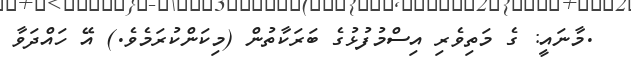
.މާނައީ: ގެ މަތިވެރި އިސްމުފުޅުގެ ބަރަކާތުން (މިކަންކުރަމެވެ.) އޭ ހައްދަވާ